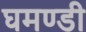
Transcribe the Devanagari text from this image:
घमण्‍डी